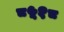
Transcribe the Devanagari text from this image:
८५१८